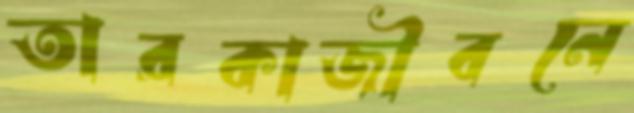
তারকাজীবনে